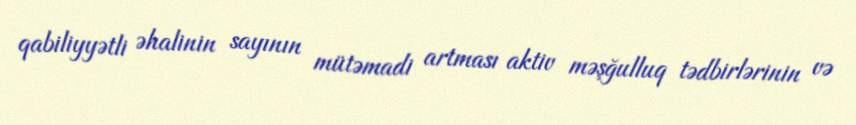
qabiliyyətli əhalinin sayının mütəmadi artması aktiv məşğulluq tədbirlərinin və